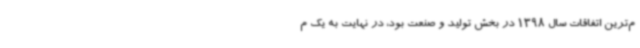
م‌ترین اتفاقات سال 1398 در بخش تولید و صنعت بود، در نهایت به یک م